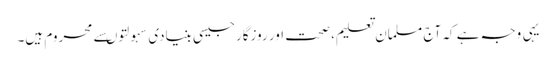
یہی وجہ ہے کہ آج مسلمان تعلیم، صحت اور روزگارجیسی بنیادی سہولتوںسے محروم ہیں۔